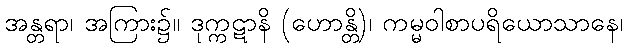
အန္တရာ၊ အကြား၌။ ဒုက္ကဋာနိ (ဟောန္တိ)၊ ကမ္မဝါစာပရိယောသာနေ၊